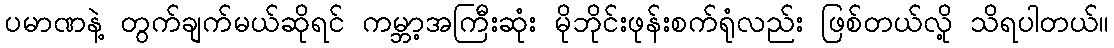
ပမာဏနဲ့ တွက်ချက်မယ်ဆိုရင် ကမ္ဘာ့အကြီးဆုံး မိုဘိုင်းဖုန်းစက်ရုံလည်း ဖြစ်တယ်လို့ သိရပါတယ်။